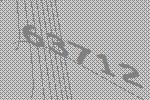
63712